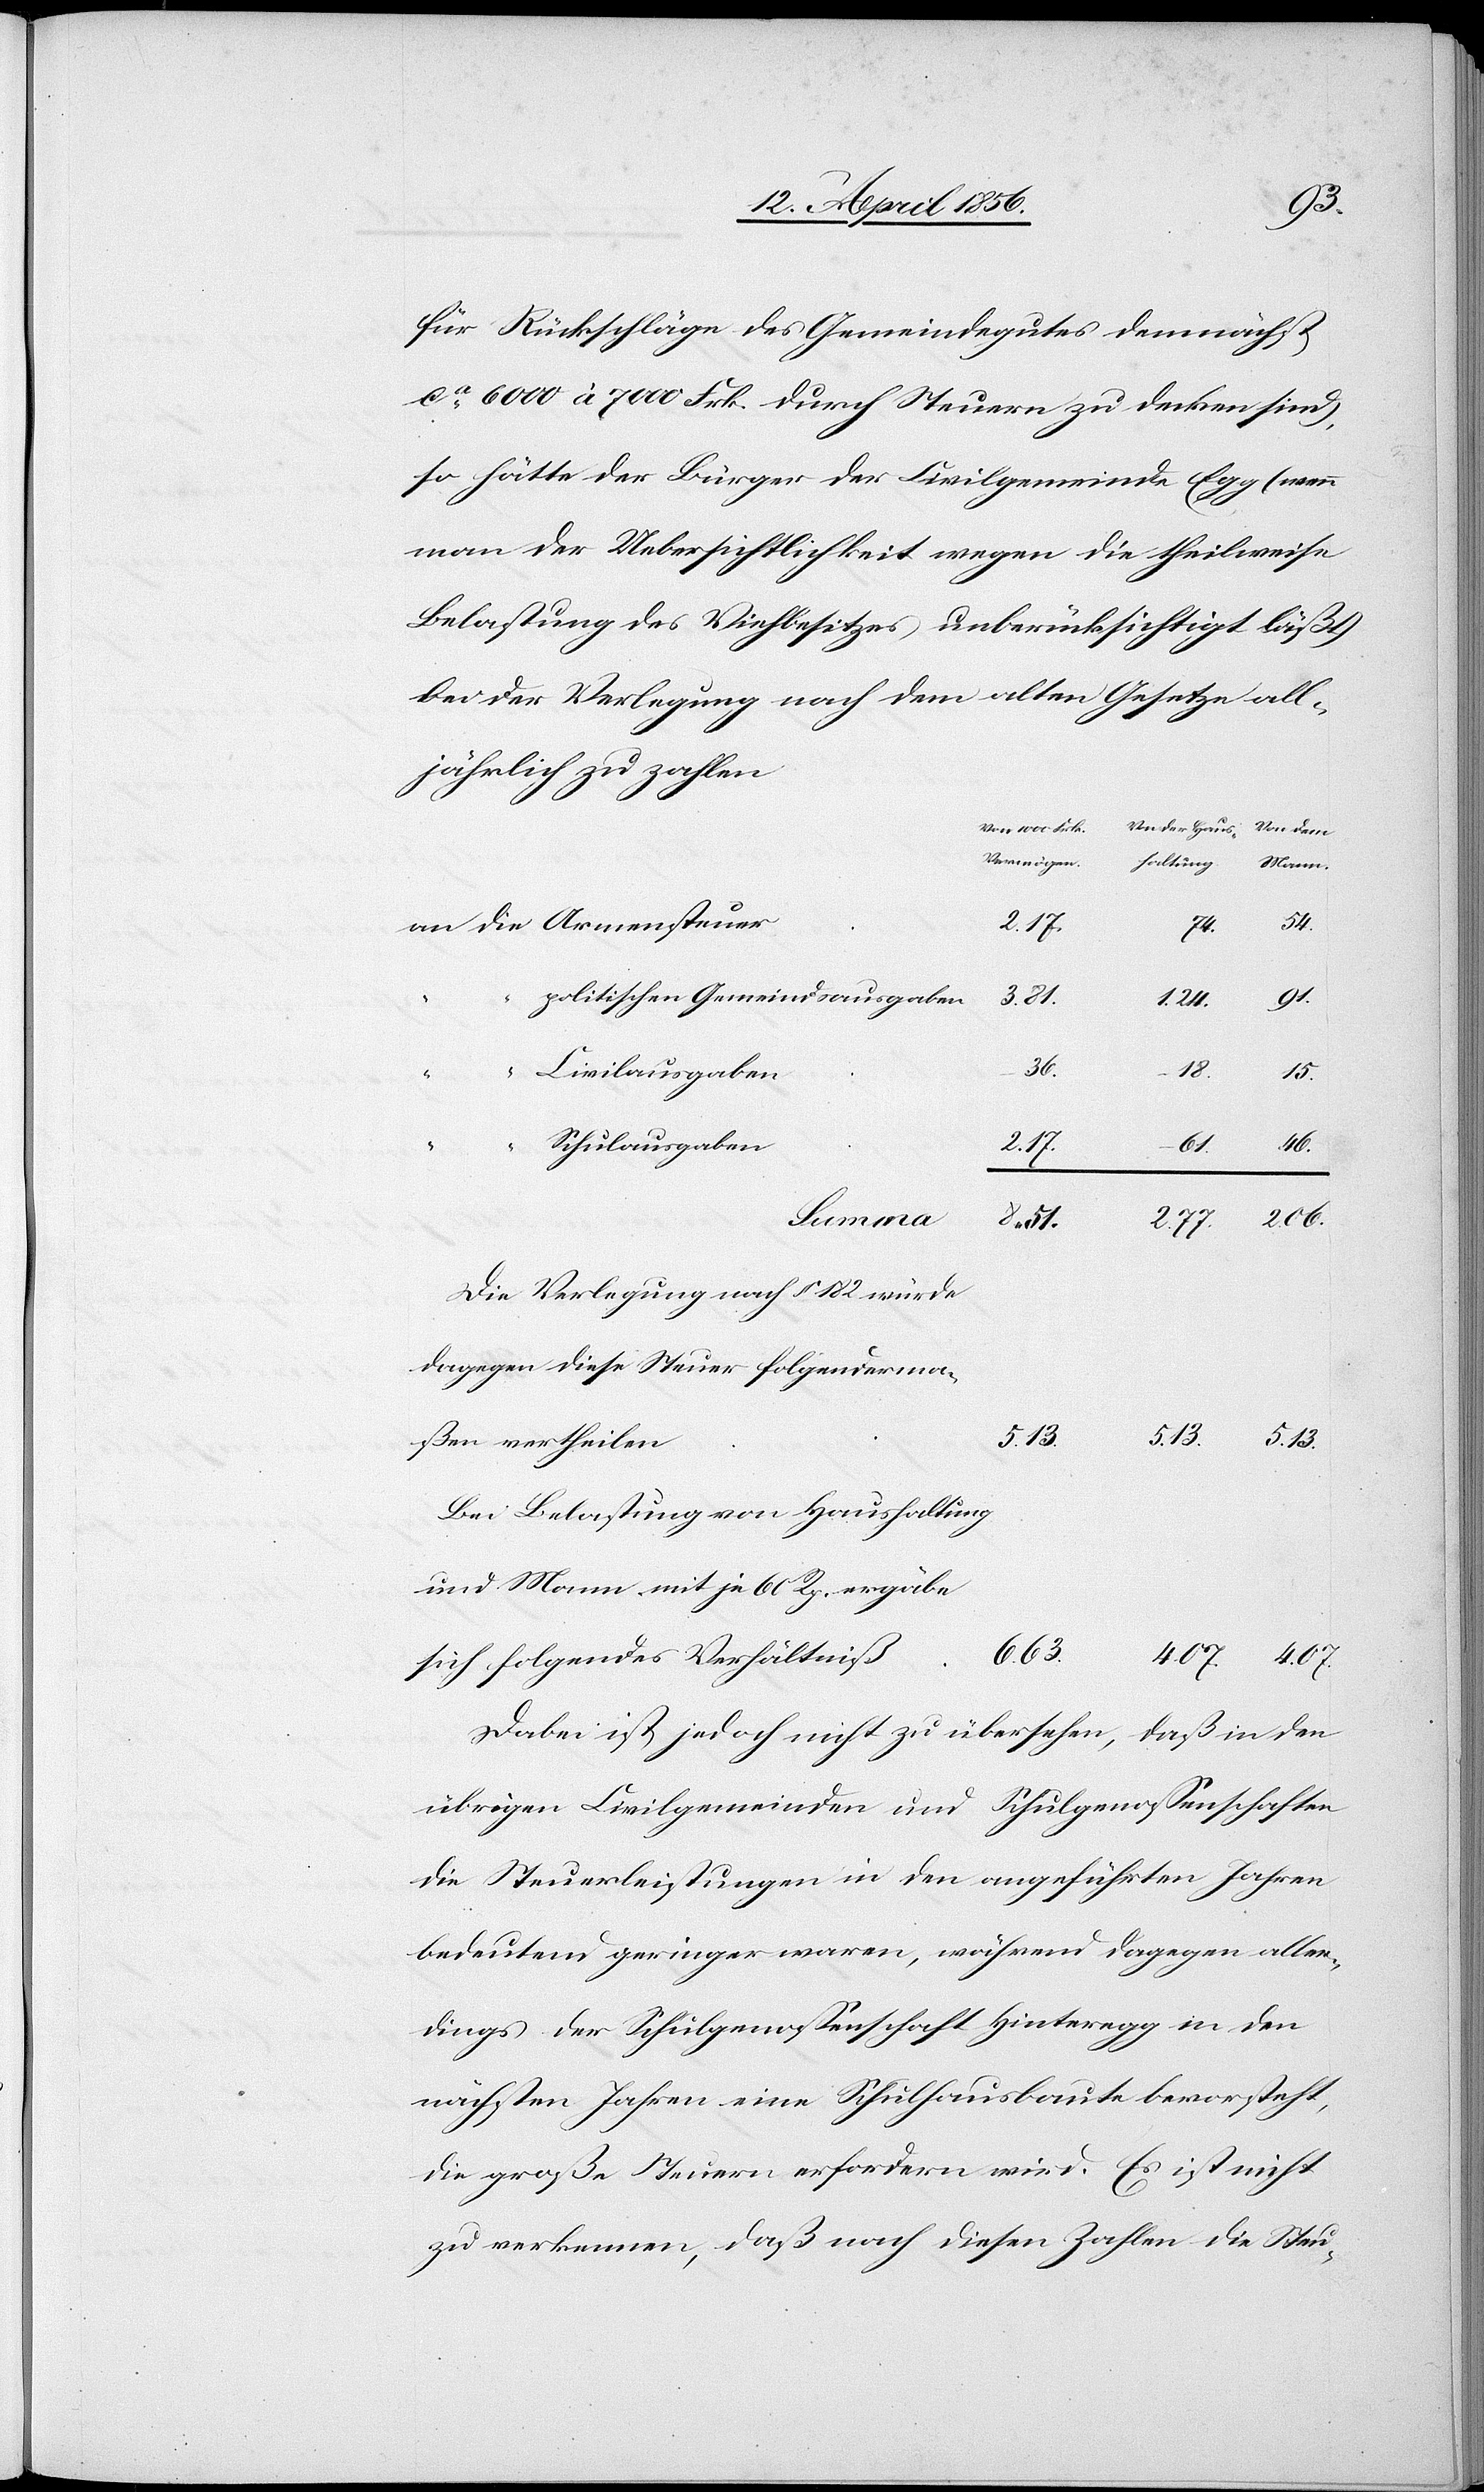
für Rückschläge des Gemeindegutes demnächst
ca 6000 à 7000 Frk. durch Steuern zu decken sind),
so hätte der Bürger der Civilgemeinde Egg (wenn
man der Uebersichtlichkeit wegen die theilweise
Belastung des Viehbesitzes unberücksichtigt läßt)
bei der Verlegung nach dem alten Gesetze all¬
jährlich zu zahlen
Vermögen.
2. 77.
74.
54.
politische Gemeindsausgaben
3. 81.
07.
4.
36.
18.
4.
Civilausgaben
Von
“
Schulausgaben
Summa
Mann.
Die Verlegung nach § 182 würde
dagegen diese Steuer folgenderma¬
8.
51.
5. 13.
ßen vertheilen
6. 63.
Bei Belastung von Haushaltung
und Mann mit je 60 Rp. ergäbe
Dabei ist jedoch nicht zu übersehen, daß in den
übrigen Civilgemeinden und Schulgenossenschaften
die Steuerleistungen in den angeführten Jahren
bedeutend geringer waren, während dagegen aller¬
dings der Schulgenossenschaft Hinteregg in den
nächsten Jahren eine Schulhausbaute bevorsteht,
die große Steuern erfordern wird. Es ist nicht
zu verkennen, daß nach diesen Zahlen die Steu-